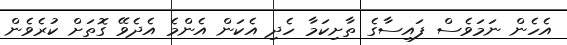
އެހެން ނަމަވެސް ފައިސާގެ ތާށިކަމާ ހެދި އެކަން އެންމެ އެދެވޭ ގޮތަށް ކުރެވެން